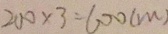
2 0 0 \times 3 = 6 0 0 ( m )